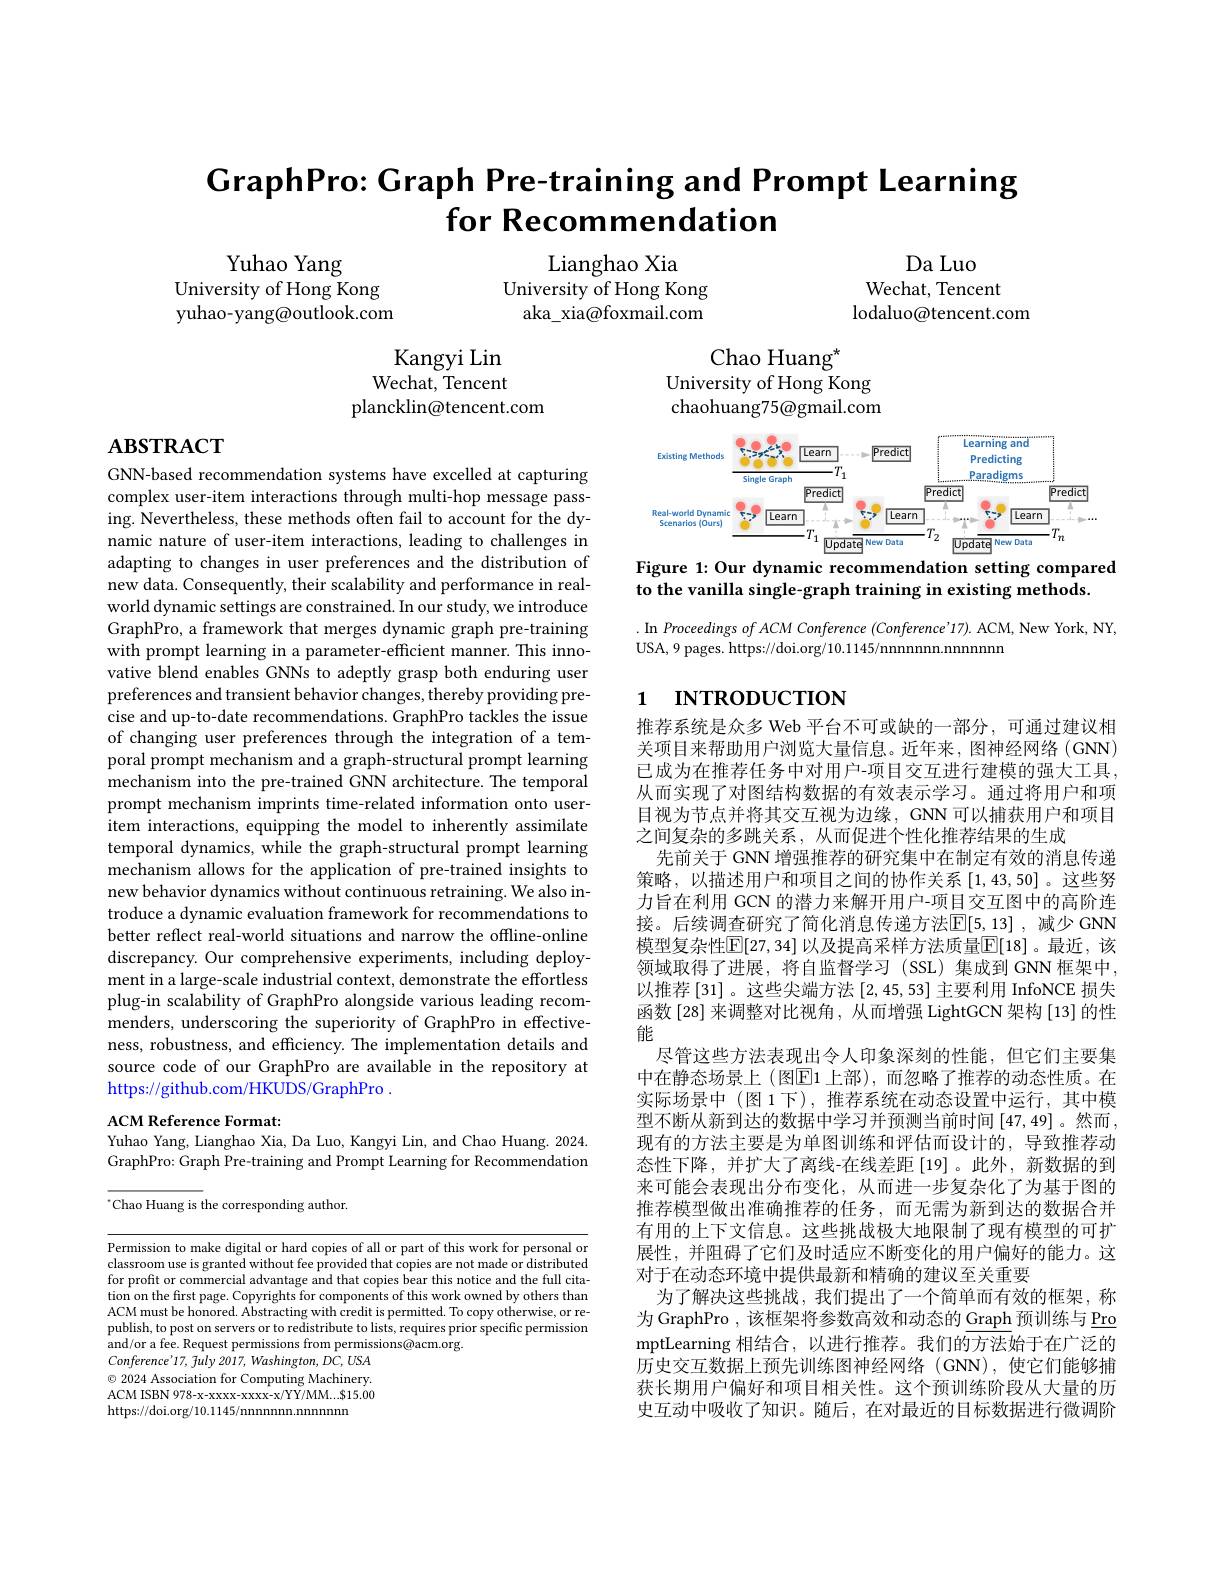
# $\textbf{GraphPro: Graph Pre- training and Prompt Learning}$ for Recommendation

Da Luo
Wechat, Tencent
lodaluo@tencent.com

Yuhao Yang
University of Hong Kong yuhao-yang@outlook.com

Lianghao Xia
University of Hong Kong
aka\_xia@foxmail.com

Chao Huang$^{\star}$
University of Hong Kong chaohuang75@gmail.com

Kangyi Lin Wechat, Tencent
plancklin@tencent.com

# $\mathbf{ABSTRACT}$

<FigureHere>
Figure 1: Our dynamic recommendation setting compared

to the vanilla single-graph training in existing methods

. In Proceedings ofACM Conference (Conference'17). ACM, New York, NY,
USA, 9 pages. https://doi.org/10.1145/nnnnnn.nnnnnn

# 1 INTRODUCTION

GNN-based recommendation systems have excelled at capturing complex user-item interactions through multi-hop message passing. Nevertheless, these methods often fail to account for the dynamic nature of user-item interactions, leading to challenges in adapting to changes in user preferences and the distribution of new data. Consequently, their scalability and performance in realworld dynamic settings are constrained. In our study, we introduce GraphPro, a framework that merges dynamic graph pre-training with prompt learning in a parameter-effcient manner. This innovative blend enables GNNs to adeptly grasp both enduring user preferences and transient behavior changes, thereby providing precise and up-to-date recommendations. GraphPro tackles the issue of changing user preferences through the integration of a temporal prompt mechanism and a graph-structural prompt learning mechanism into the pre-trained GNN architecture. The temporal prompt mechanism imprints time-related information onto useritem interactions, equipping the model to inherently assimilate temporal dynamics, while the graph-structural prompt learning mechanism allows for the application of pre-trained insights to new behavior dynamics without continuous retraining. We also introduce a dynamic evaluation framework for recommendations to better reflect real-world situations and narrow the offline-online discrepancy. Our comprehensive experiments, including deployment in a large-scale industrial context, demonstrate the effortless plug-in scalability of GraphPro alongside various leading recommenders, underscoring the superiority of GraphPro in effectiveness, robustness, and efficiency. The implementation details and source code of our GraphPro are available in the repository at https://github.com/HKUDS/GraphPro .

推荐系统是众多 Web 平台不可或缺的一部分，可通过建议相关项目来帮助用户浏览大量信息。近年来，图神经网络(GNN) 已成为在推荐任务中对用户-项目交互进行建模的强大工具， 从而实现了对图结构数据的有效表示学习。通过将用户和项目视为节点并将其交互视为边缘，GNN 可以捕获用户和项目之间复杂的多跳关系，从而促进个性化推荐结果的生成
先前关于 GNN 增强推荐的研究集中在制定有效的消息传递策略，以描述用户和项目之间的协作关系[1,43,50]。这些努力旨在利用 GCN 的潜力来解开用户-项目交互图中的高阶连接。后续调查研究了简化消息传递方法$\overline{\mathbb{E}}[5,13]$ ,减少 GNN 模型复杂性$\mathbb{E}[27,34]$ 以及提高采样方法质量$\mathbb{E}[18]$。最近，该领域取得了进展，将自监督学习(SSL)集成到GNN 框架中， 以推荐 [31] 。这些尖端方法[2,45,53]主要利用 InfoNCE 损失函数[28] 来调整对比视角 , 从而增强 LightGCN 架构 [13] 的性能
尽管这些方法表现出令人印象深刻的性能，但它们主要集中在静态场景上 (图$\overline{\mathrm{E}}1$ 上部),而忽略了推荐的动态性质。在实际场景中(图1下),推荐系统在动态设置中运行，其中模型不断从新到达的数据中学习并预测当前时间[47,49]。然而， 现有的方法主要是为单图训练和评估而设计的，导致推荐动态性下降，并扩大了离线-在线差距[19]。此外，新数据的到来可能会表现出分布变化，从而进一步复杂化了为基于图的推荐模型做出准确推荐的任务，而无需为新到达的数据合并有用的上下文信息。这些挑战极大地限制了现有模型的可扩展性，并阻碍了它们及时适应不断变化的用户偏好的能力。这对于在动态环境中提供最新和精确的建议至关重要
为了解决这些挑战，我们提出了一个简单而有效的框架，称为 GraphPro ,该框架将参数高效和动态的 Graph 预训练与 Pro mptLearning 相结合，以进行推荐。我们的方法始于在广泛的历史交互数据上预先训练图神经网络(GNN),使它们能够捕获长期用户偏好和项目相关性。这个预训练阶段从大量的历史互动中吸收了知识。随后，在对最近的目标数据进行微调阶

ACM Reference Format:
Yuhao Yang, Lianghao Xia, Da Luo, Kangyi Lin, and Chao Huang. 2024.

GraphPro: Graph Pre-training and Prompt Learning for Recommendation

$^{*}$Chao Huang is the corresponding author.

Permission to make digital or hard copies of all or part of this work for personal or classroom use is granted without fee provided that copies are not made or distributed for profit or commercial advantage and that copies bear this notice and the full citation on the first page. Copyrights for components of this work owned by others than ACM must be honored. Abstracting with credit is permitted. To copy otherwise, or republish, to post on servers or to redistribute to lists, requires prior specific permission and/or a fee. Request permissions from permissions@acm.org.
$Conference'17$, fuly 2017, Washington, DC, USA

$\odot$ 2024 Association for Computing Machinery. ACM ISBN 978-x-xxxx-xxxx-x/YY/MM...$15.00 https://doi.org/10.1145/nnnnnnn.nnnnn